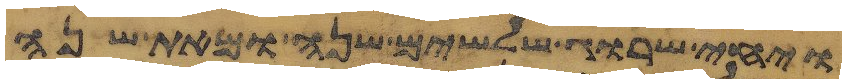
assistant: ויחי שרוג שלשים שנה ומאת שנה